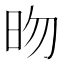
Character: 昒